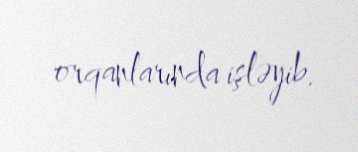
orqanlarında işləyib.